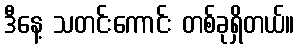
ဒီနေ့ သတင်းကောင်း တစ်ခုရှိတယ်။